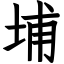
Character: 埔